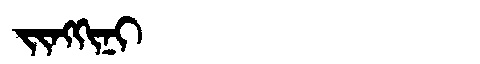
Manchu: ᠵᡳᠩᡴᡳᠨᡳ
Romanization: JINGKINI